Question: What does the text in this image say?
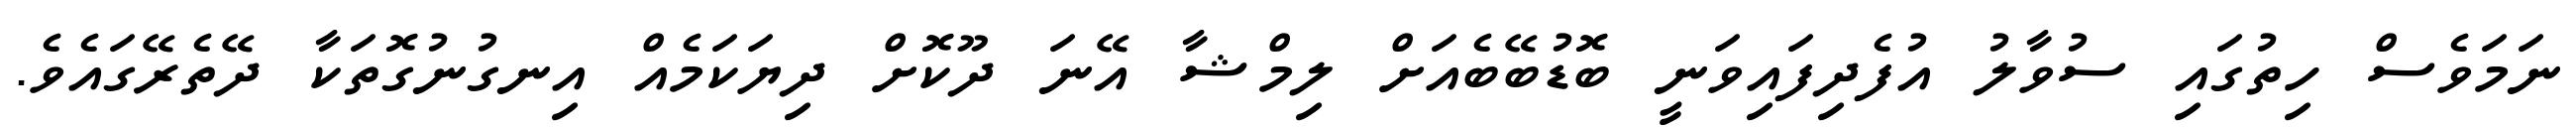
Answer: ނަމަވެސް ހިތުގައި ސުވާލު އުފެދިފައިވަނީ ބޮޑުބޭބެއަށް ލިމްޝާ އޭނަ ދޫކޮށް ދިޔަކަމެއް އިނގުނުގޮތަކާ ދޭތެރޭގައެވެ.